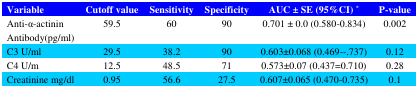
<table><thead><tr><td><b>Variable</b></td><td><b>Cutoff value</b></td><td><b>Sensitivity</b></td><td><b>Specificity</b></td><td><b>AUC ± SE (95%CI) *</b></td><td><b>P-value</b></td></tr></thead><tbody><tr><td>Anti-α-actininAntibody(pg/ml)</td><td>59.5</td><td>60</td><td>90</td><td>0.701 ± 0.0 (0.580-0.834)</td><td>0.002</td></tr><tr><td>C3 U/ml</td><td>29.5</td><td>38.2</td><td>90</td><td>0.603±0.068 (0.469--.737)</td><td>0.12</td></tr><tr><td>C4 U/m</td><td>12.5</td><td>48.5</td><td>71</td><td>0.573±0.07 (0.437=0.710)</td><td>0.28</td></tr><tr><td>Creatinine mg/dl</td><td>0.95</td><td>56.6</td><td>27.5</td><td>0.607±0.065 (0.470-0.735)</td><td>0.1</td></tr></tbody></table>